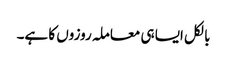
بالکل ایسا ہی معاملہ روزوں کا ہے۔